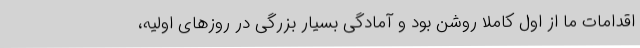
اقدامات ما از اول کاملا روشن بود و آمادگی بسیار بزرگی در روزهای اولیه،